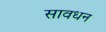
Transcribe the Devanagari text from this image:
सावधन